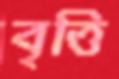
বৃত্তি